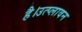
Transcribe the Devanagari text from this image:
है।उत्प्लावन